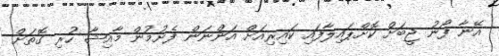
އޭނާ ފޯނު ޖީބަށް ކޮށްޕައިލާފައި ކައިރިއަށް އަންނަން ފެށުމުން މާއިޝާ ހުރި ގޮތަށް